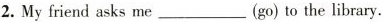
2. My friend asks me___(go) to the library.